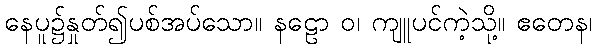
နေပူ၌နှုတ်၍ပစ်အပ်သော။ နဠော ဝ၊ ကျူပင်ကဲ့သို့။ ဧတေန၊